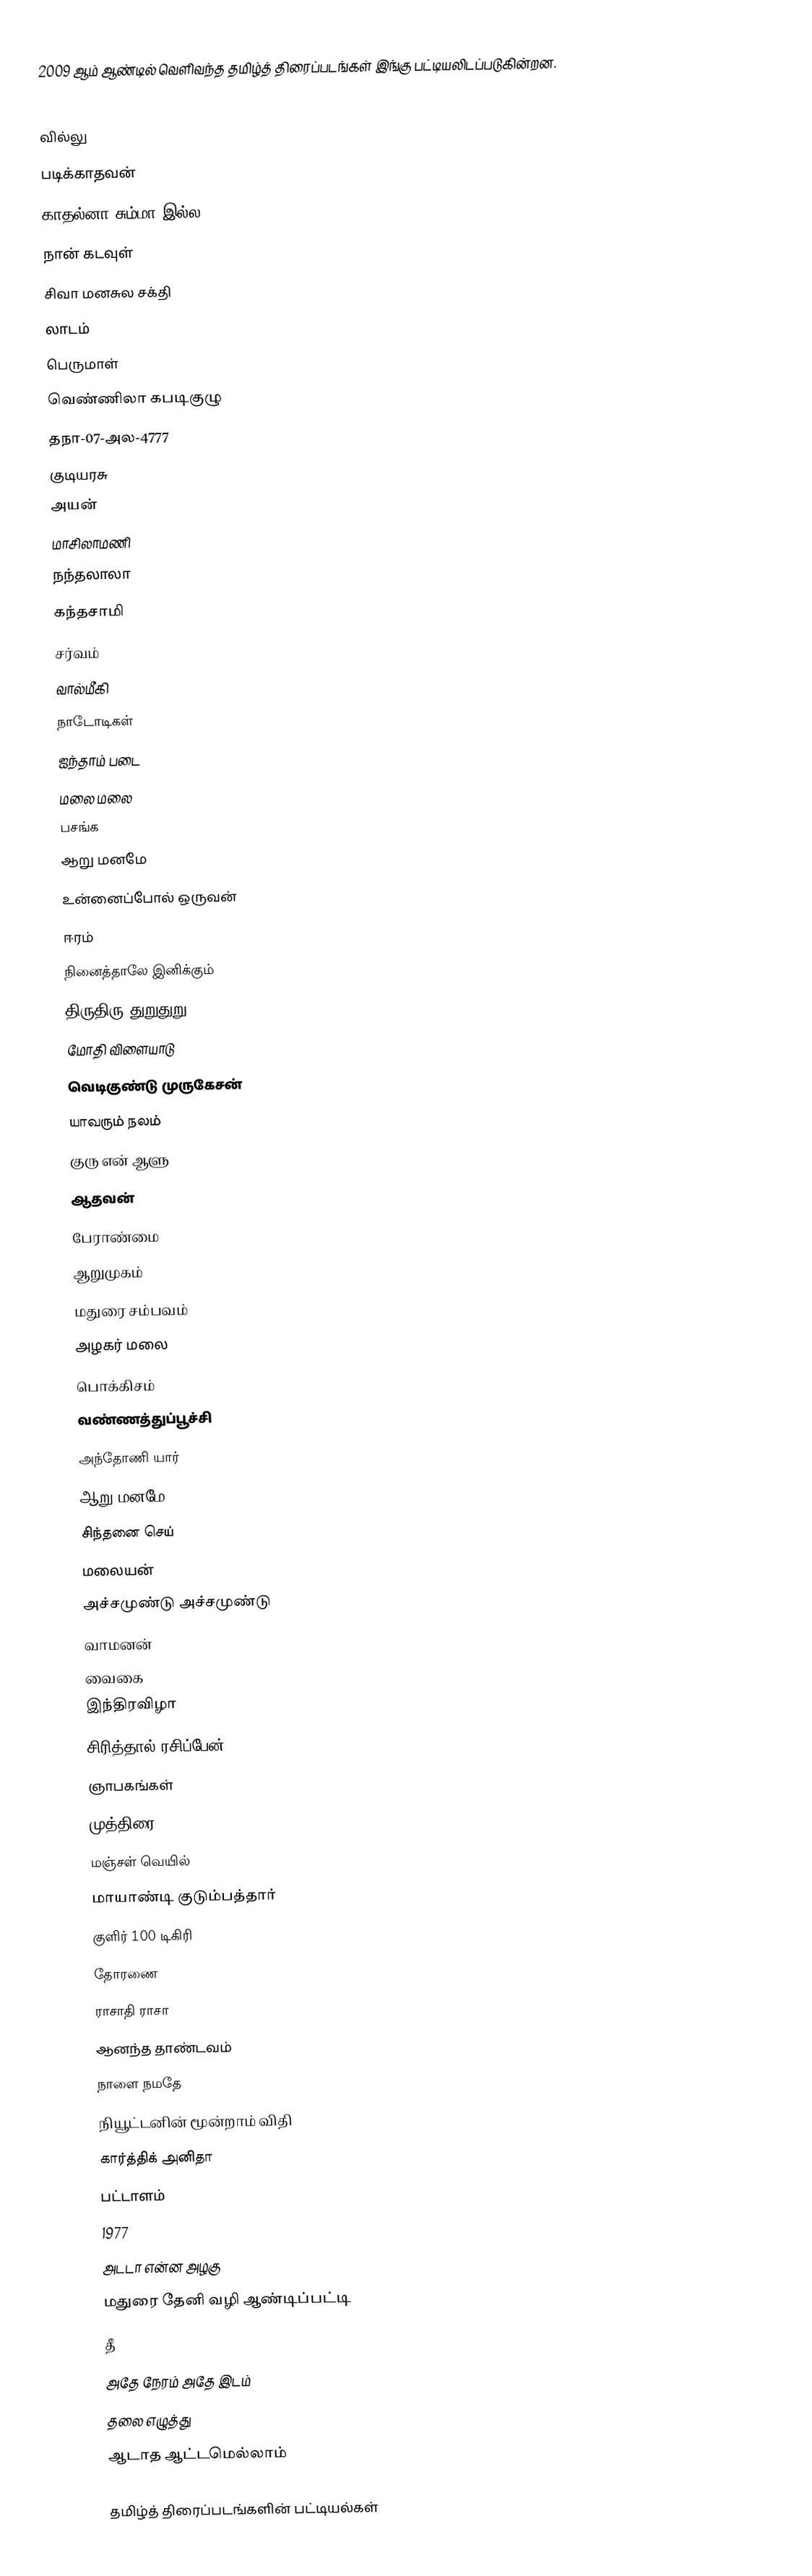
2009 ஆம் ஆண்டில் வெளிவந்த தமிழ்த் திரைப்படங்கள் இங்கு பட்டியலிடப்படுகின்றன.

 வில்லு
 படிக்காதவன்
 காதல்னா சும்மா இல்ல
 நான் கடவுள்
 சிவா மனசுல சக்தி
 லாடம்
 பெருமாள்
 வெண்ணிலா கபடிகுழு
 தநா-07-அல-4777
 குடியரசு
 அயன்
 மாசிலாமணி
 நந்தலாலா
 கந்தசாமி
 சர்வம்
 வால்மீகி
 நாடோடிகள்
 ஐந்தாம் படை
 மலை மலை
 பசங்க
 ஆறு மனமே
 உன்னைப்போல் ஒருவன்
 ஈரம்
 நினைத்தாலே இனிக்கும்
 திருதிரு துறுதுறு
 மோதி விளையாடு
 வெடிகுண்டு முருகேசன்
 யாவரும் நலம்
 குரு என் ஆளு
 ஆதவன்
 பேராண்மை
 ஆறுமுகம்
 மதுரை சம்பவம்
 அழகர் மலை
 பொக்கிசம்
 வண்ணத்துப்பூச்சி
 அந்தோணி யார்
 ஆறு மனமே
 சிந்தனை செய்
 மலையன்
 அச்சமுண்டு அச்சமுண்டு
 வாமனன்
 வைகை
 இந்திரவிழா
 சிரித்தால் ரசிப்பேன்
 ஞாபகங்கள்
 முத்திரை
 மஞ்சள் வெயில்
 மாயாண்டி குடும்பத்தார்
 குளிர் 100 டிகிரி
 தோரணை
 ராசாதி ராசா
 ஆனந்த தாண்டவம்
 நாளை நமதே
 நியூட்டனின் மூன்றாம் விதி
 கார்த்திக் அனிதா
 பட்டாளம்
 1977
 அடடா என்ன அழகு
 மதுரை தேனி வழி ஆண்டிப்பட்டி
 தீ
அதே நேரம் அதே இடம்
தலை எழுத்து
ஆடாத ஆட்டமெல்லாம்

தமிழ்த் திரைப்படங்களின் பட்டியல்கள்